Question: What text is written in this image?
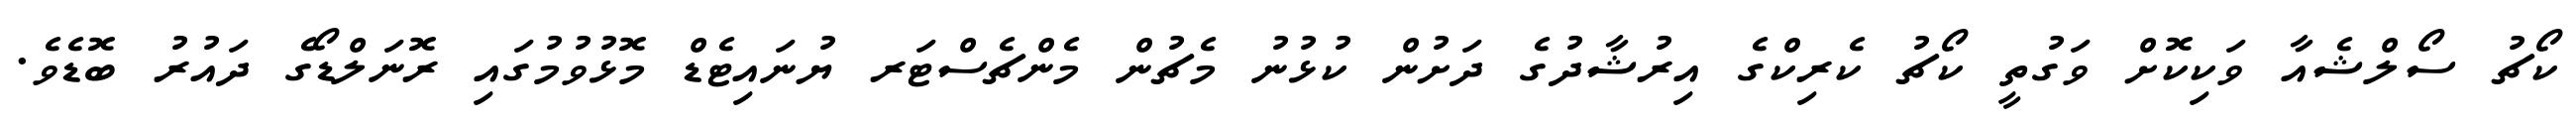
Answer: ކޯޗު ސޯލްޝެއާ ވަކިކޮށް ވަގުތީ ކޯޗު ކެރިކްގެ އިރުޝާދުގެ ދަށުން ކުޅުނު މެޗުން މެންޗެސްޓަރ ޔުނައިޓެޑް މޮޅުވުމުގައި ރޮނަލްޑޯގެ ދައުރު ބޮޑެވެ.